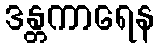
ဒန္တကာရေန